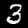
Label: 3